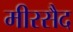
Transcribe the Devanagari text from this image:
मीरसैद